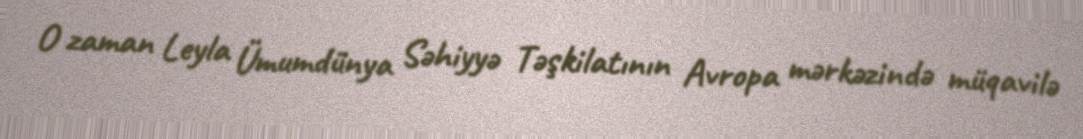
O zaman Leyla Ümumdünya Səhiyyə Təşkilatının Avropa mərkəzində müqavilə